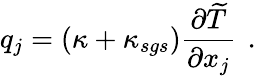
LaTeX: {q}_{j}=\left(\kappa+{\kappa}_{sgs}\right)\frac{\partial\widetilde{T}}{\partial x_{j}}\, \mathrm{~.~}